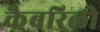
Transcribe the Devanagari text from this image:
कैबरिलो